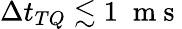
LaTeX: \Delta t_{TQ}\lesssim 1\; \mathrm{~m~s~}